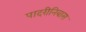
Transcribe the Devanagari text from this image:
पादरीनिवास